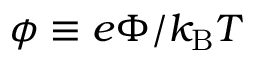
\phi \equiv e \Phi / k _ { \mathrm { B } } T